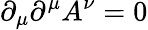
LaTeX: \partial_{\mu}\partial^{\mu}A^{\nu}=0